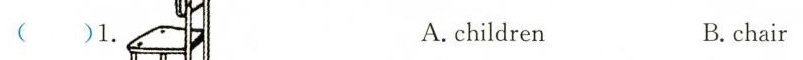
( )1. A.children B.chair